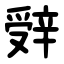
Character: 辤